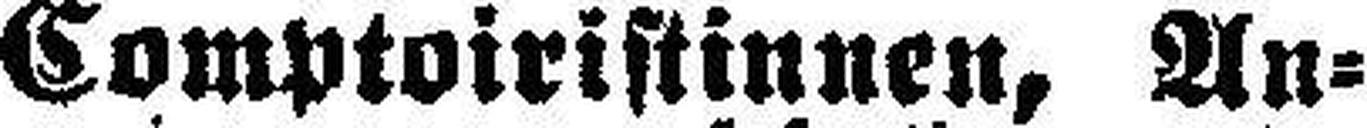
Comptoiristinnen, An¬